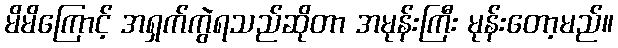
မိမိကြောင့် အရှက်ကွဲရသည်ဆိုတာ အမုန်းကြီး မုန်းတော့မည်။